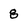
Character: 8